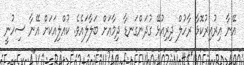
އޭނާ އިރުއިރުކޮޅާ ރާހުލް ދިރިއުޅޭ ގުދަންގަނޑާ ދިމާއަށް ބަލާލައެވެ. ކުއްލިއަކަށް އޭނާ ސިހުނީ